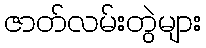
ဇာတ်လမ်းတွဲများ